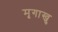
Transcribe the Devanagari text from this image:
मृगाखु